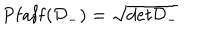
\mathrm { P f a f f } ( { \cal D } _ { - } ) = \sqrt { d e t { \cal D } _ { - } }